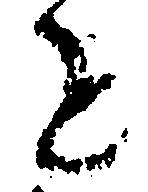
を